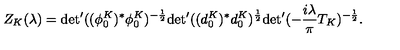
Z _ { K } ( \lambda ) = { \det } ^ { \prime } ( ( \phi _ { 0 } ^ { K } ) ^ { * } \phi _ { 0 } ^ { K } ) ^ { - \frac { 1 } { 2 } } { \det } ^ { \prime } ( ( d _ { 0 } ^ { K } ) ^ { * } d _ { 0 } ^ { K } ) ^ { \frac { 1 } { 2 } } { \det } ^ { \prime } ( - \frac { i \lambda } { \pi } T _ { K } ) ^ { - \frac { 1 } { 2 } } .